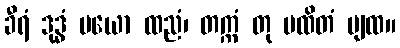
ခီရံ ဒုဒ္ဓံ ပယော ထညံ၊ တက္ကံ တု မထိတံ ပျထ။